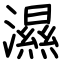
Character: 濕